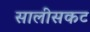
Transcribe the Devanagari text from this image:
सालीसकट